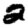
Digit: 2